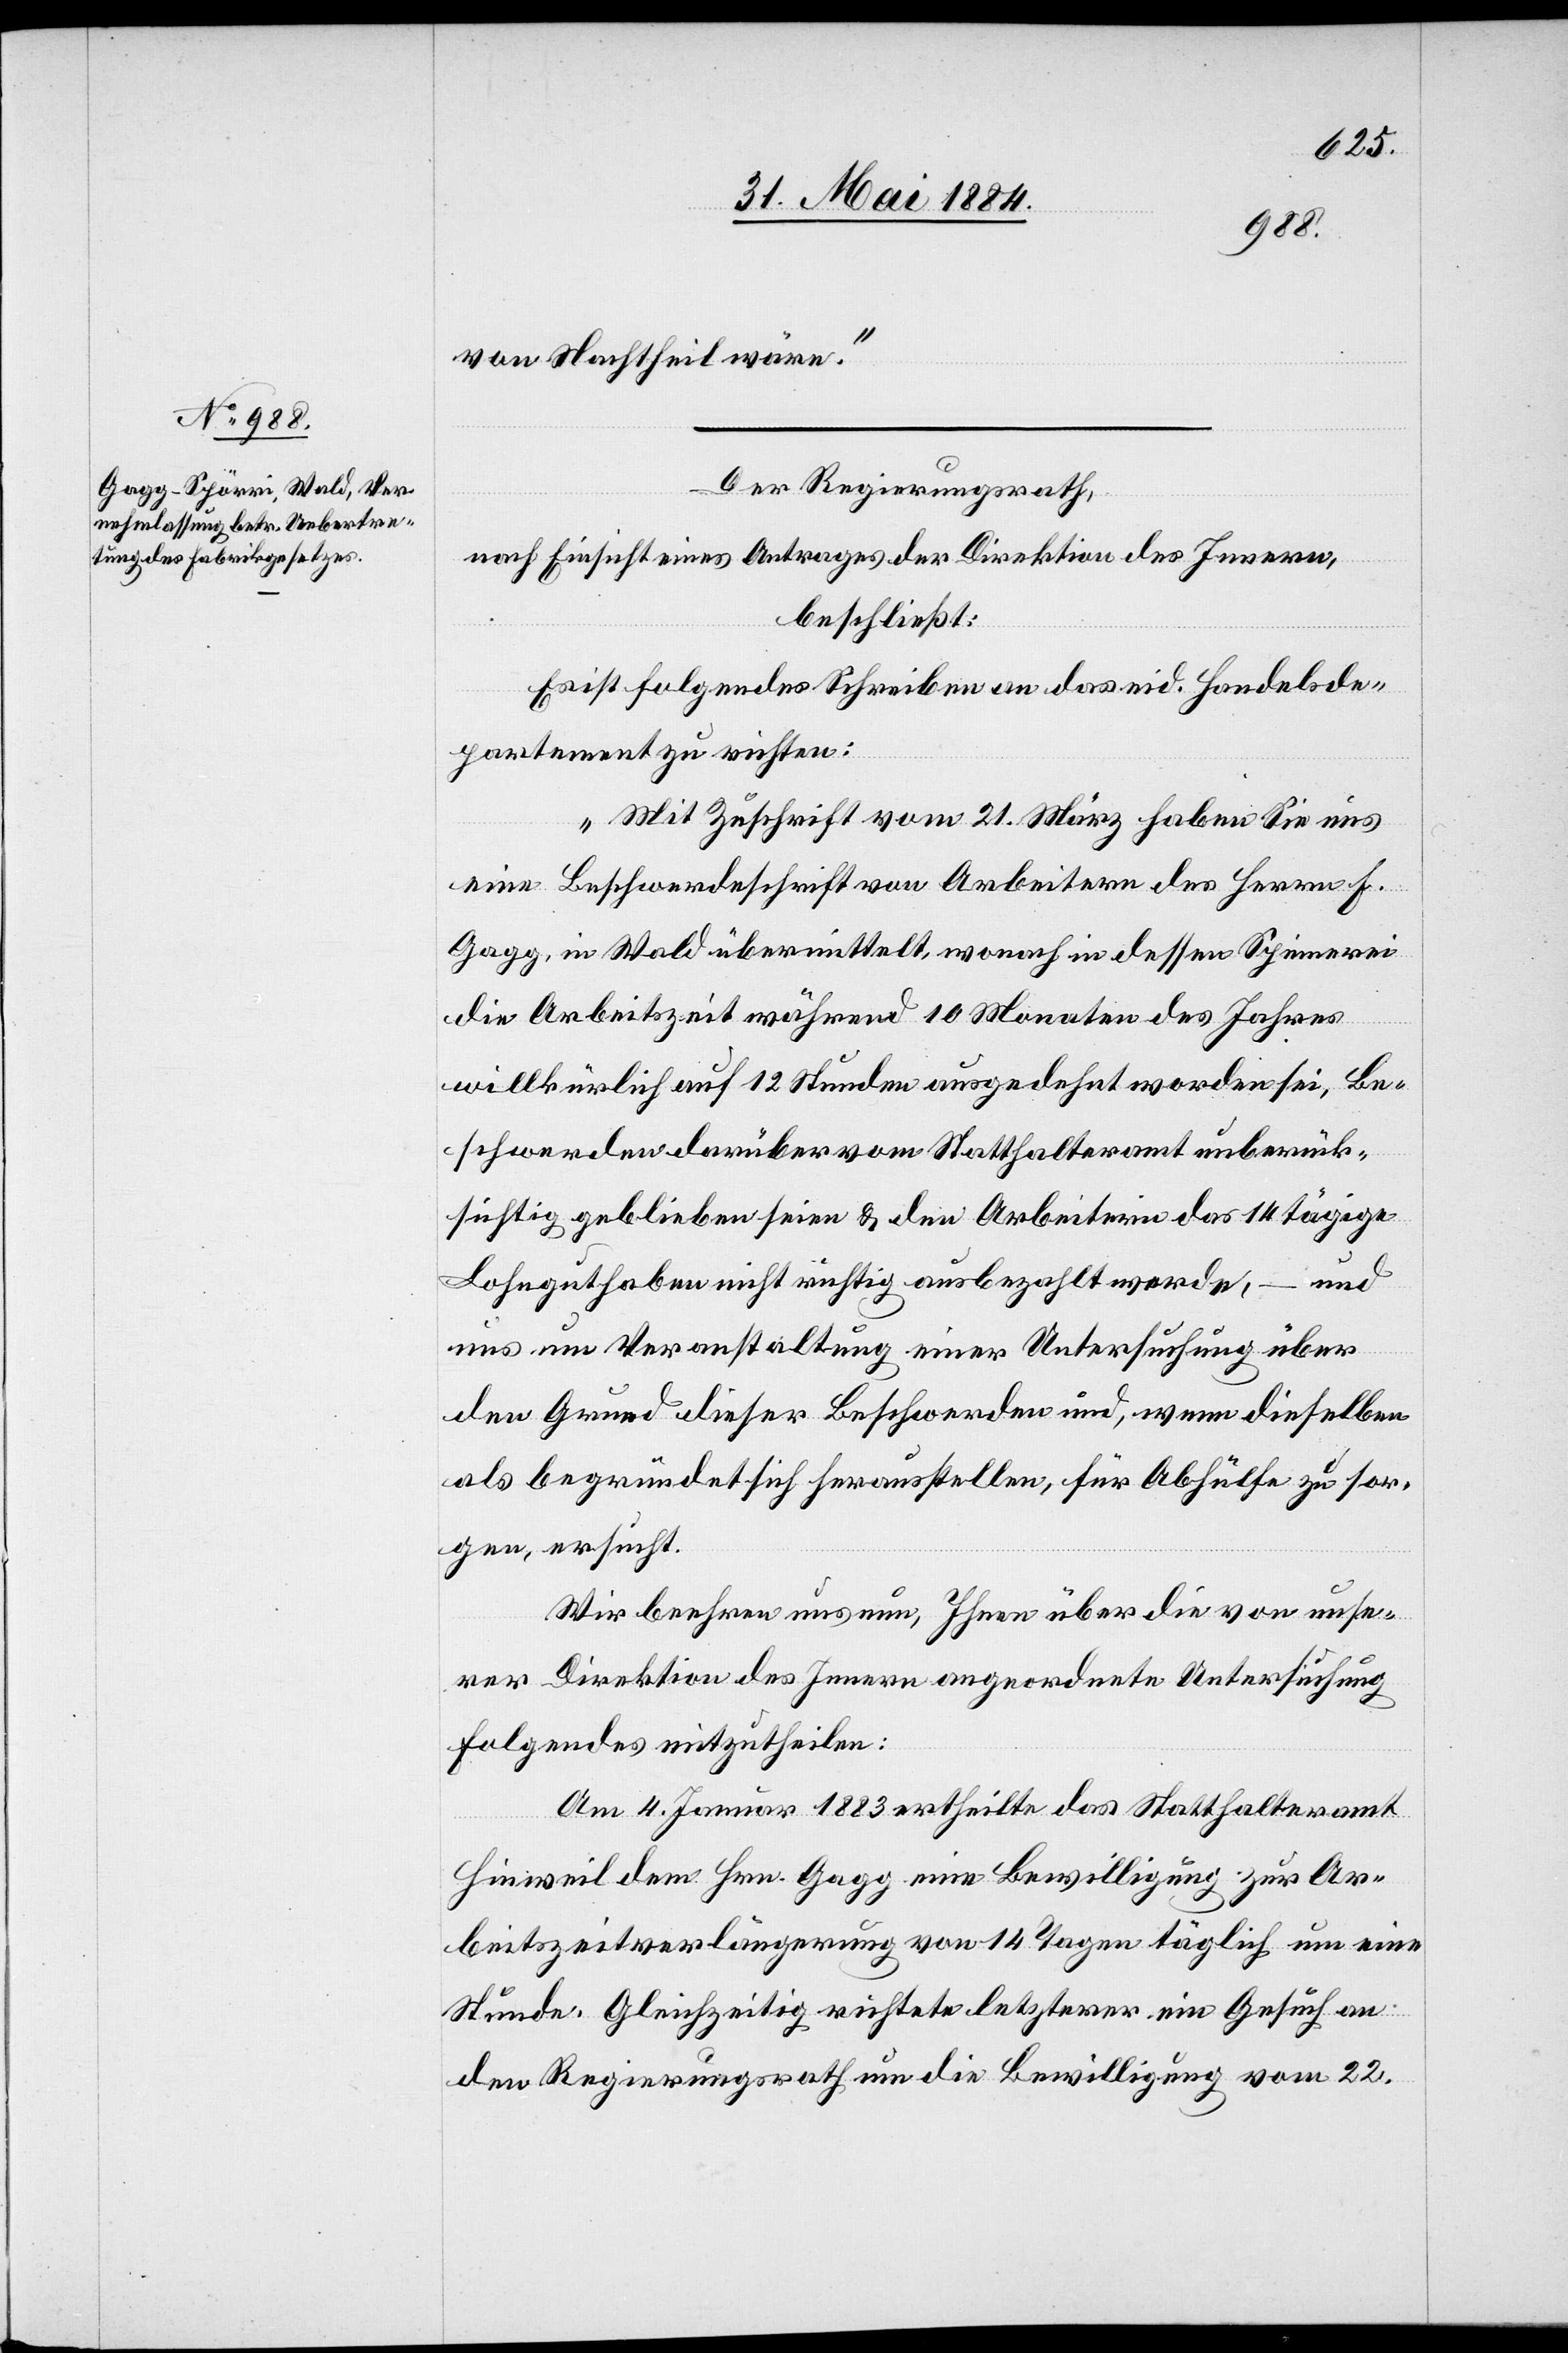
von Nachtheil wäre.“
Der Regierungsrath,
nach Einsicht eines Antrages der Direktion des Innern,
beschließt:
Es ist folgendes Schreiben an das eid. Handelsde¬
partement zu richten:
„Mit Zuschrift vom 21. März haben Sie uns
eine Beschwerdeschrift von Arbeitern des Herrn F.
Gagg, in Wald übermittelt, wonach in dessen Spinnerei
die Arbeitszeit während 10 Monaten des Jahres
willkürlich auf 12 Stunden ausgedehnt worden sei, Be¬
schwerden darüber vom Statthalteramt unberück¬
sichtigt geblieben seien & den Arbeitern das 14 tägige
Lohnguthaben nicht richtig ausbezahlt worden, – und
uns um Veranstaltung einer Untersuchung über
den Grund dieser Beschwerden und, wenn dieselben
als begründet sich herausstellen, für Abhülfe zu sor¬
gen, ersucht.
Wir beehren uns nun, Ihnen über die von unse¬
rer Direktion des Innern angeordneten Untersuchung
Folgendes mitzutheilen:
Am 4. Januar 1883 ertheilte das Statthalteramt
Hinweil dem Hrn. Gagg eine Bewilligung zur Ar¬
beitszeitverlängerung von 14 Tagen täglich um eine
Stunde. Gleichzeitig richtete letzterer ein Gesuch an
den Regierungsrath um die Bewilligung vom 22.